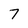
Character: 7